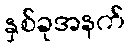
နှစ်ခုအနက်